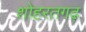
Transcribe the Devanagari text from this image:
शोहरतगढ़